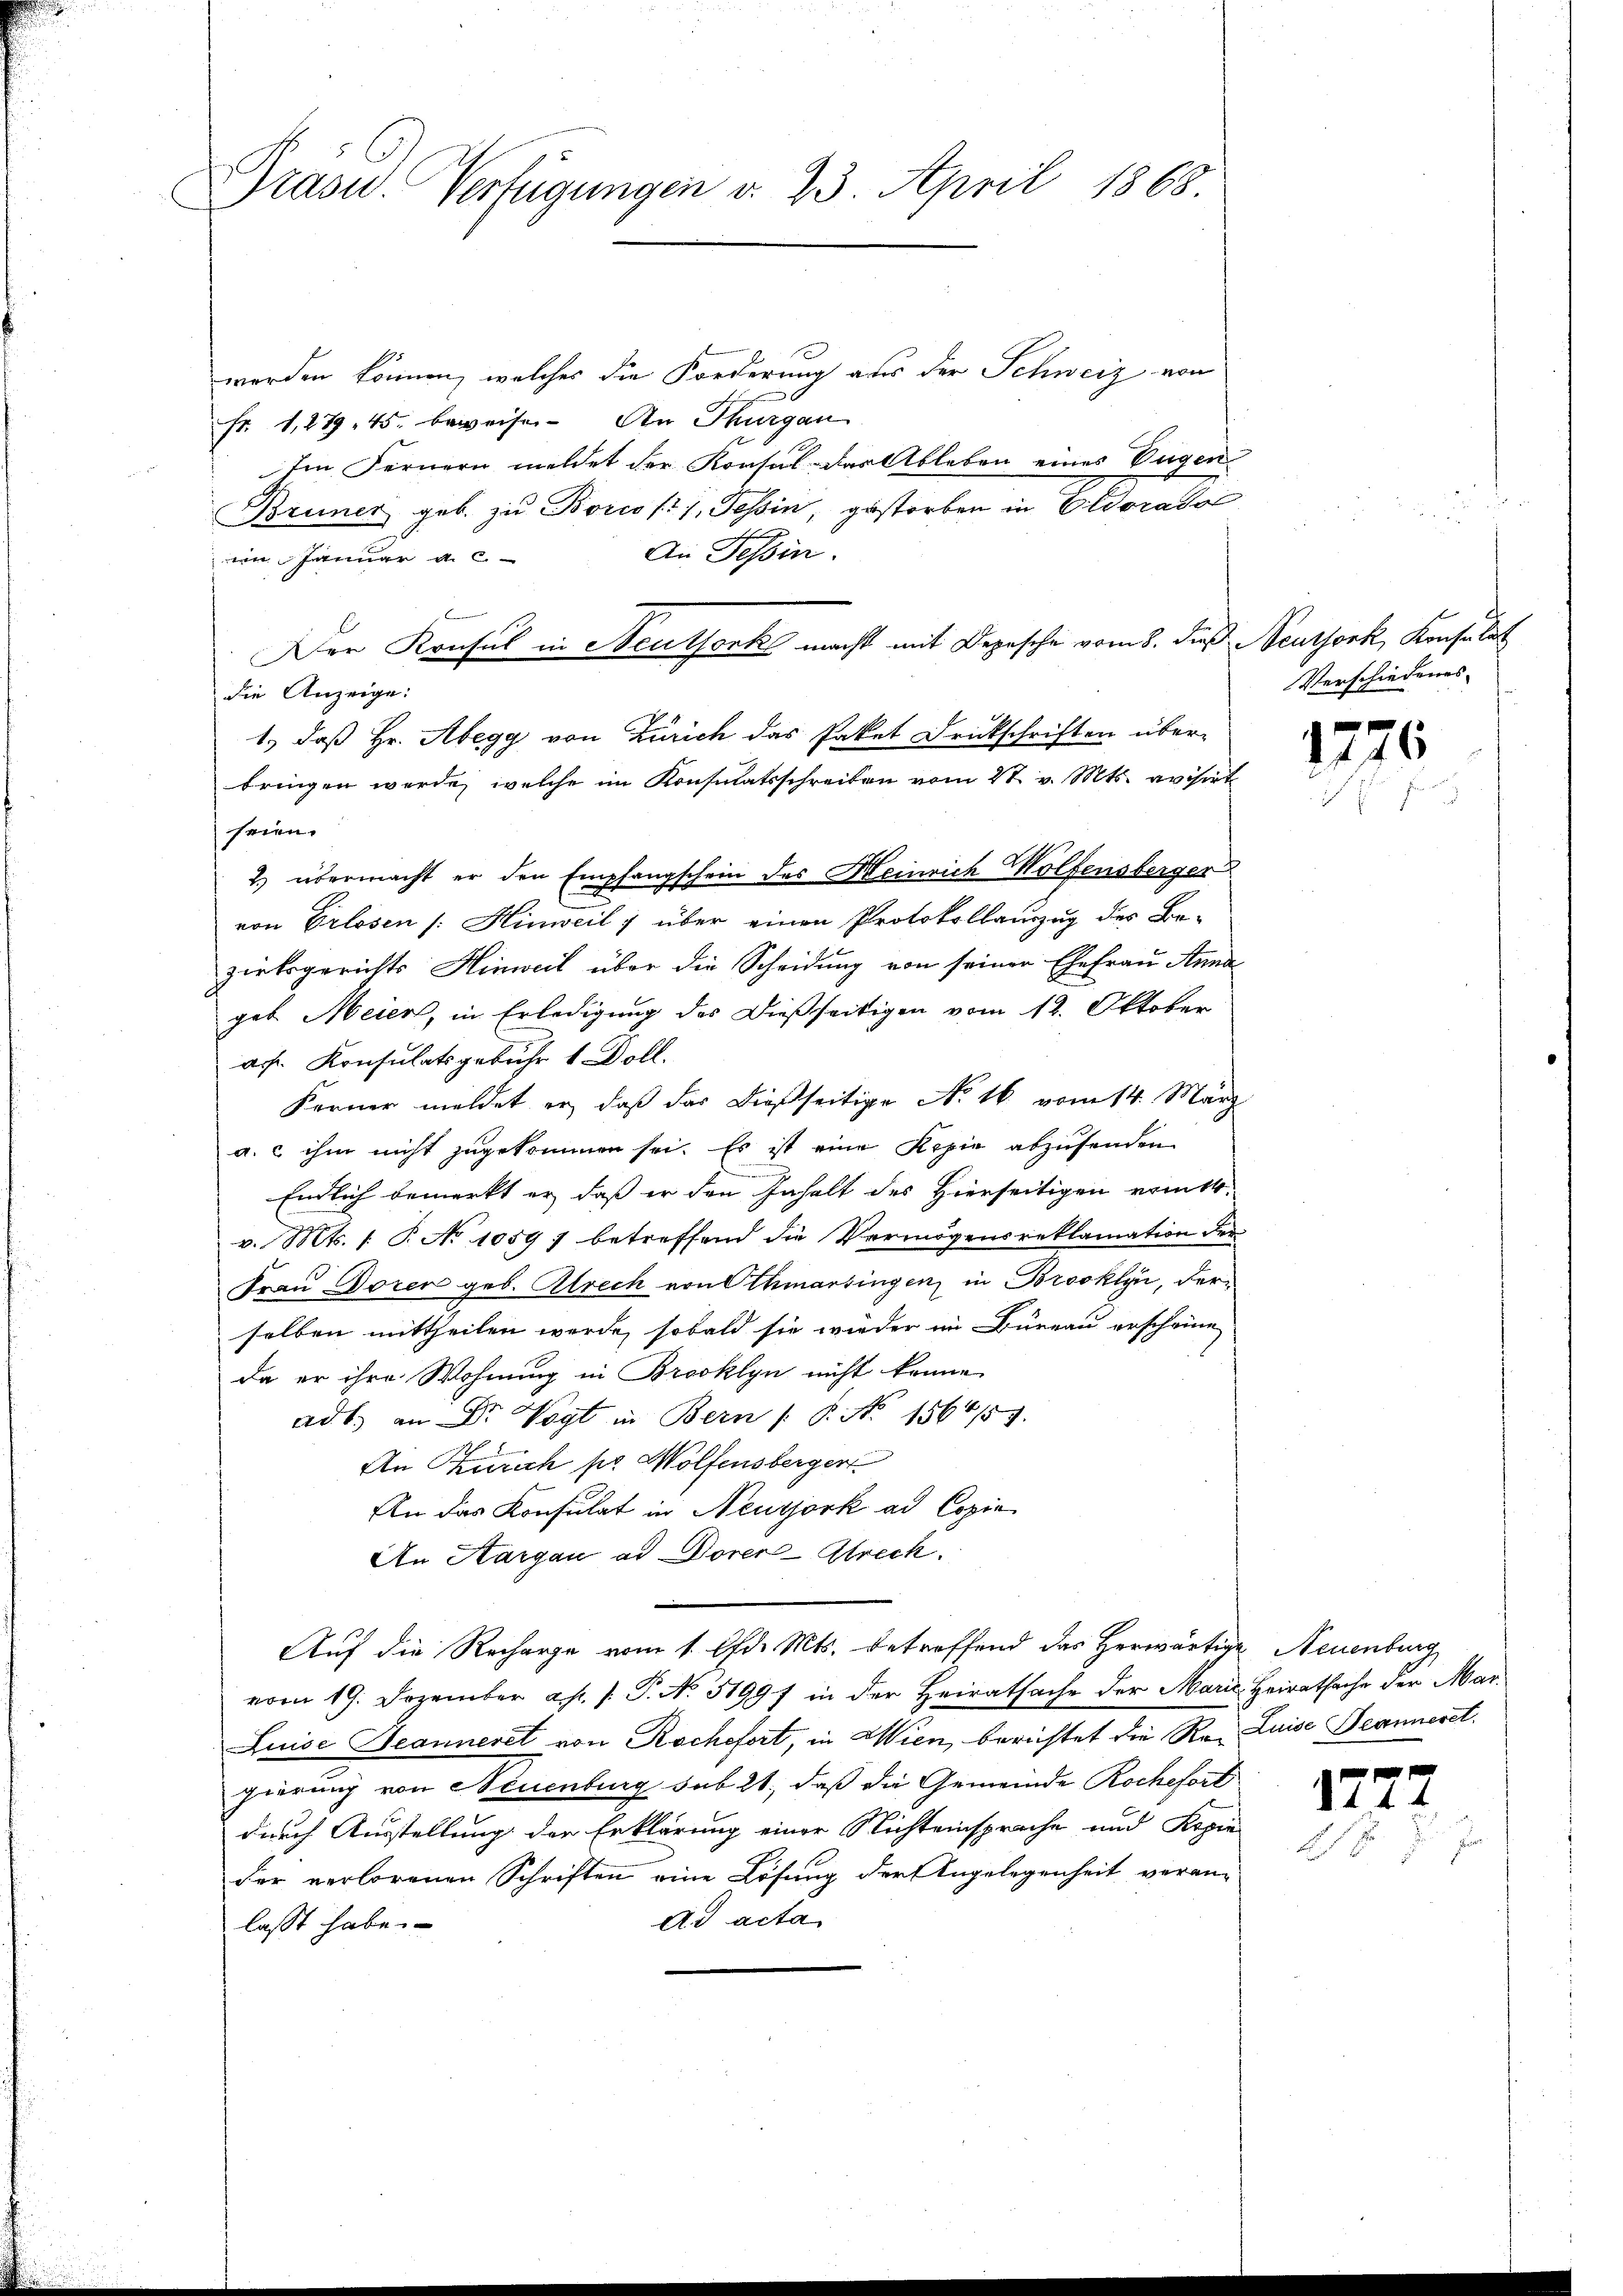
Präsid.. Verfügungen d. 23. April 1863.

werden können, welches die Forderung aus der Schweiz von
Fr. 1,279. 45. beweisen. An Thurgau
ten Fernern meldet der Konsul das Ableben eines Eugen
Bruner geb. zu Bozis (1, Tessin, gestorben in Eldoradol
An Tessin.
en Januar d. 2.
Der Konsul in Steuthort macht mit Depesche vom 8. Fuß. Neuthork, Konsulat
die Anzeige:
1.) daß Hr. Abegg von Zürich das Paket Druckschriften über-
bringen werde, welche im Konsulatsschreiben vom 21. v. Mts. avisirt
seien.
2) übermacht er den Empfangschein des Heinrich Wolfensberger
von Erlösen (: Hinweil über einen Protokollauszug des Be-
zirksgerichts Hinweil über die Scheidung von seiner Ehefrau Anna
geb. Meier, in Erledigung des Dießseitigen vom 12. Oktober
as Konsulatsgebühr 1 Doll.
Ferner meldet er, daß das dießseitige No 16 vom 14. März
a.c ihm nicht zugekommen sei. Es ist eine Kopie abzusenden
Endlich bemerkt er, daß er den Inhalt des Hierseitigen vom 14.
v. Mts. (T. No 1059) betreffend die Vermögensreklamation der
Frau Doren geb. Alrech von Othmarsingen, in Brooklyn, derselben mittheilen werde, sobald sie wieder im Büreau erscheine
da er ihre Wohnung in Brooklyn nicht könne.
ad b. an Dr Vogt in Bern /: P. No. 156657.
An Kurich pr. Wolfensberger
An das Konsulat in Neuyork ad Copie
An Aargau ad Doren Streck
Auf die Recharge vom 1. Ad. Mts. betreffend das herwärtige Neuenburg
vom 19. Dezember a. p. P. No. 31997 in der Heiratsache der Marie Heiratsache der Mar¬
Luise Jeanneret von Rochefort, in Wien, berichtet die Re- Luise Beanneret.
gierung von Neuenburg sub 21, daß die Gemeinde Rochefort
durch Ausstellung der Erklärung einer Nichteinsprache und Kopie
der verlorenen Schriften eine Lösung der Angelegenheit veran¬
Ad acta
lasst habe.

Verschiedenes

1776

1727